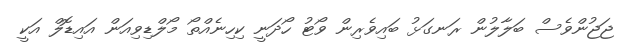
ޖަޖުންވެސް ބަލާލުން ރަނގަޅު ބައިވެރިން ވޯޓު ހޯދަނީ ކިހިނެއްތޯ މޯލްޑިވިއަން އައިޑޮލް އަކީ